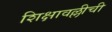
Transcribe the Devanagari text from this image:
शिक्षावल्लीची